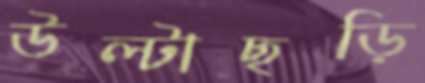
উল্টাছড়ি